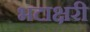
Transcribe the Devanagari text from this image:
भटाक्षरी